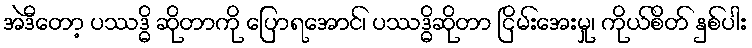
အဲဒီတော့ ပဿဒ္ဓိ ဆိုတာကို ပြောရအောင်၊ ပဿဒ္ဓိဆိုတာ ငြိမ်းအေးမှု၊ ကိုယ်စိတ် နှစ်ပါး